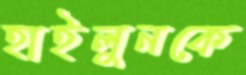
হাইলুনকে